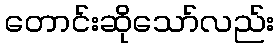
တောင်းဆိုသော်လည်း